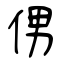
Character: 侽